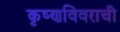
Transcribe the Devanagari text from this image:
कृष्णविवराची